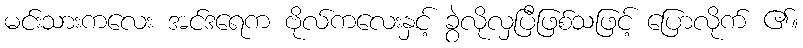
မင်းသားကလေး အင်ဒရေက ဗိုလ်ကလေးနှင့် ခွဲလိုလှပြီဖြစ်သဖြင့် ပြောလိုက် ၏။